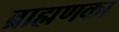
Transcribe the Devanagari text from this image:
ब्राह्मणका